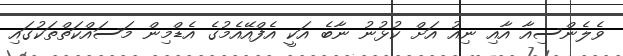
ވެލެންސިއާ އާއި ނިއު އަށް ކުޅުނު ނާބެ އަކީ އެފްއޭއެމުގެ އެޑްމިން މަސައްކަތްތަކުގައި